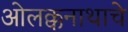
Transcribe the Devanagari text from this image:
ओलक्कनाथाचे